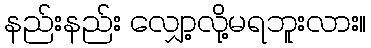
နည်းနည်း လျှော့လို့မရဘူးလား။